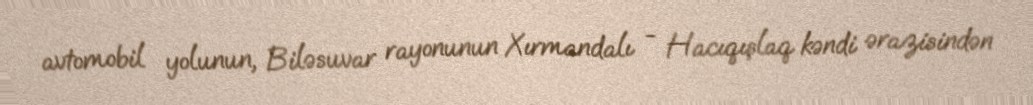
avtomobil yolunun, Biləsuvar rayonunun Xırmandalı - Hacıqışlaq kəndi ərazisindən